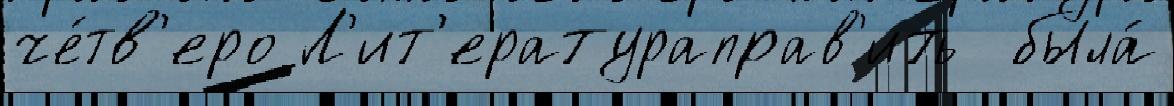
че́тв'еро Л'ит'ератураправ'ить  была́